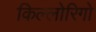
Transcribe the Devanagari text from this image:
किल्लोरिगो